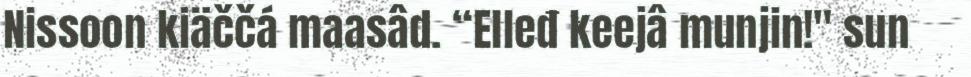
Nissoon kiäččá maasâd. “Elleđ keejâ munjin!" sun